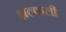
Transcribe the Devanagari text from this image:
शल्कली